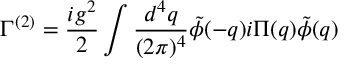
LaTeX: \Gamma ^ { ( 2 ) } = \frac { i g ^ { 2 } } { 2 } \int \frac { d ^ { 4 } q } { ( 2 \pi ) ^ { 4 } } \tilde { \phi } ( - q ) i \Pi ( q ) \tilde { \phi } ( q )